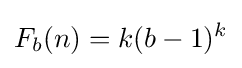
F_{b}(n)=k(b-1)^{k}